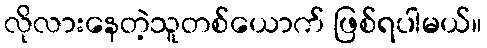
လိုလားနေတဲ့သူတစ်ယောက် ဖြစ်ရပါမယ်။